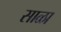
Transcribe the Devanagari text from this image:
साळा